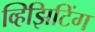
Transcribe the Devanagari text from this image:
व्हिझिटिंग